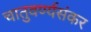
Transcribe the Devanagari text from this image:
चातुवर्ण्यसंकर